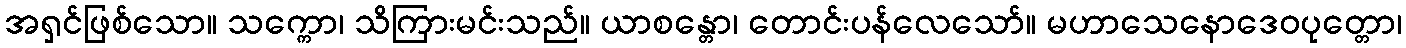
အရှင်ဖြစ်သော။ သက္ကော၊ သိကြားမင်းသည်။ ယာစန္တော၊ တောင်းပန်လေသော်။ မဟာသေနောဒေဝပုတ္တော၊